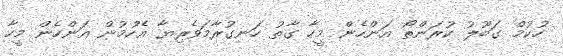
ހުކުމް ގަބޫލު ކުރަންތޯ އަންހެން މީހާ ގާތު ހަނގުރާމަވެރިޔާ އެހުމުން އަންހެން މީހާ